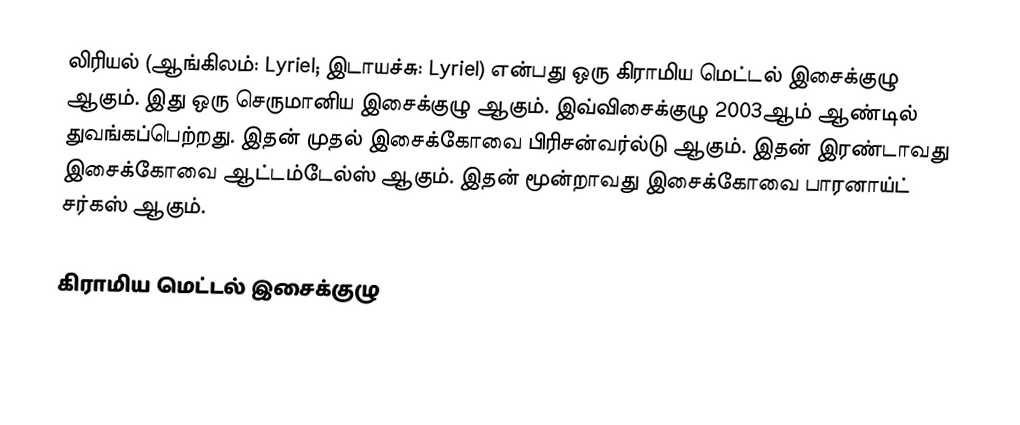
லிரியல் (ஆங்கிலம்: Lyriel; இடாயச்சு: Lyriel) என்பது ஒரு கிராமிய மெட்டல் இசைக்குழு ஆகும். இது ஒரு செருமானிய இசைக்குழு ஆகும். இவ்விசைக்குழு 2003ஆம் ஆண்டில் துவங்கப்பெற்றது. இதன் முதல் இசைக்கோவை பிரிசன்வர்ல்டு ஆகும். இதன் இரண்டாவது இசைக்கோவை ஆட்டம்டேல்ஸ் ஆகும். இதன் மூன்றாவது இசைக்கோவை பாரனாய்ட் சர்கஸ் ஆகும்.

கிராமிய மெட்டல் இசைக்குழு